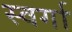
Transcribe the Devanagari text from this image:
स्वर्गा